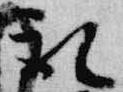
取